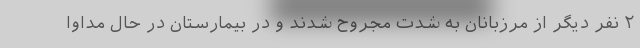
۲ نفر دیگر از مرزبانان به شدت مجروح شدند و در بیمارستان در حال مداوا